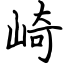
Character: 崎